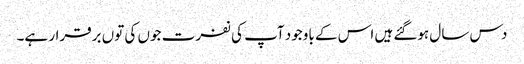
دس سال ہوگئے ہیں اس کے باوجود آپ کی نفرت جوں کی توں برقرار ہے۔